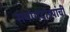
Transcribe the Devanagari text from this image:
संयोगदांड्यांची